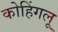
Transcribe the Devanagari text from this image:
कोहिंगलू